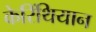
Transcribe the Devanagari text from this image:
केरिंथियान